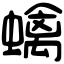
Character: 蠄